Lunatic asylums Burma 1907-21 - 1907-1921
Year: 1907
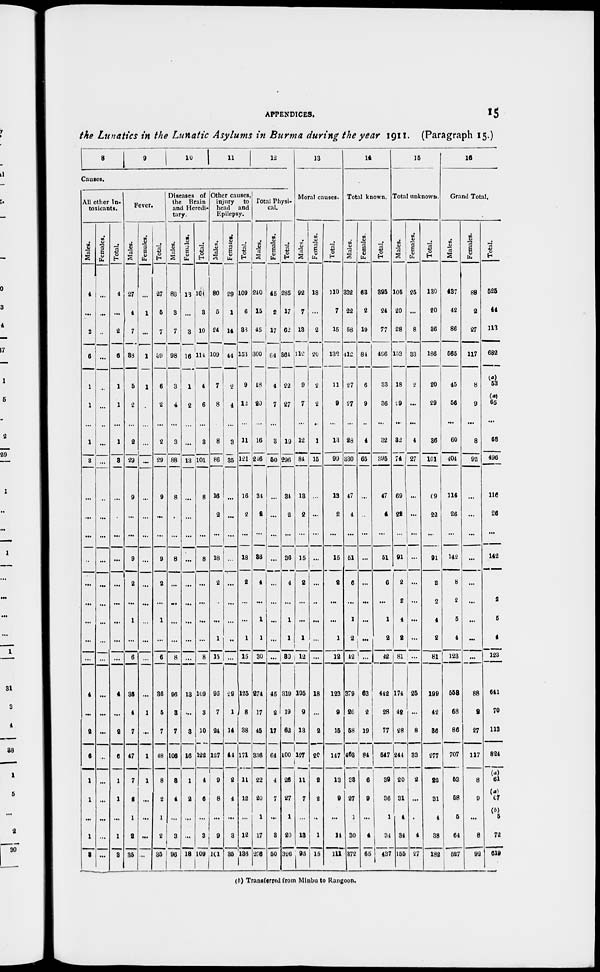
APPENDICES.
15
the Lunatics in the Lunatic Asylums in Burma during the year 1911. (Paragraph 15.)
8
9
10
11 12
Causes.
All other In-
toxicants.
Males.
4
...
2
6
1
1
...
1
8
...
...
...
...
...
...
...
...
...
4
...
2
6
1
1
...
1
8
Females.
...
...
...
...
...
...
...
...
...
...
...
...
...
...
...
...
...
...
...
...
...
...
...
...
...
...
...
Total.
4
...
2
6
1
1
...
1
8
...
...
...
...
...
...
...
...
...
4
...
2
6
1
1
...
1
8
Fever.
Males.
27
4
7
38
5
2
...
2
29
9
...
...
9
2
...
1
...
6
36
4
7
47
7
2
1
2
35
Females.
...
1
...
1
1
...
...
...
...
...
...
...
...
...
...
...
...
...
...
1
...
1
1
...
...
...
...
Total.
27
5
7
39
6
2
...
2
29
9
...
...
9
2
...
1
...
6
36
5
7
48
8
2
1
2
35
Diseases of
the
Brain
and Heredi¬
tary.
Males.
88
3
7
98
3
4
...
3
88
8
...
...
8
...
...
...
...
8
96
3
7
106
3
4
...
3
96
Females.
13
...
3
16
1
2
...
...
13
...
...
...
...
...
...
...
...
...
13
...
3
16
1
2
...
...
13
Total.
101
3
10
114
4
6
...
3
101
8
...
...
8
...
...
...
...
8
109
3
10
122
4
6
...
3
109
Other causes
injury
to
head and
Epilepsy.
Males.
80
5
24
109
7
8
...
8
86
16
2
...
18
2
...
...
1
15
96
7
24
127
9
8
...
9
101
Females.
29
1
14
44
2
4
...
3
35
...
...
...
...
...
...
...
...
...
29
1
14
44
2
4
...
3
35
Total.
109
6
38
153
9
12
...
11
121
16
2
...
18
2
...
...
1
15
125
8
38
171
11
12
...
12
136
Total Physi-
cal.
Males.
240
15
45
300
18
20
...
16
216
34
2
...
36
4
...
1
1
30
274
17
45
336
22
20
1
17
276
Females.
45
2
17
64
4
7
...
3
50
...
...
...
...
...
...
...
...
...
45
2
17
64
4
7
...
8
50
Total.
285
17
62
364
22
27
...
19
296
34
2
...
36
4
...
1
1
30
319
19
62
400
26
27
1
20
326
13
Moral causes.
Males.
92
7
13
112
9
7
...
12
84
13
2
...
15
2
...
...
1
12
105
9
13
127
11
7
...
13
93
Females.
18
...
2
20
2
2
...
1
15
...
...
...
...
...
...
...
...
...
18
...
2
20
2
2
...
1
15
Total.
110
7
15
132
11
9
...
13
99
13
2
...
15
2
...
...
1
12
123
9
15
147
13
9
...
14
111
14
Total known.
Males.
332
22
58
412
27
27
...
28
330
47
4
...
51
6
...
1
2
42
379
26
58
453
38
27
1
30
372
Females.
63
2
19
84
6
9
...
4
65
...
...
...
...
...
...
...
...
...
63
2
19
84
6
9
...
4
65
Total.
395
24
77
496
33
36
...
32
395
47
4
...
51
6
...
1
2
42
442
28
77
537
39
36
1
34
437
15
Total unknown.
Males.
105
20
28
153
18
29
...
32
74
69
22
...
91
2
2
4
2
81
174
42
28
244
20
31
4
34
155
Females.
25
...
8
33
2
...
...
4
27
...
...
...
...
...
...
...
...
...
25
...
8
33
2
...
...
4
27
Total.
130
20
86
186
20
29
...
36
101
69
22
...
91
2
2
4
2
81
199
42
36
277
22
31
4
38
182
16
Grand Total.
Males.
437
42
86
565
45
56
...
60
404
116
26
...
142
8
2
5
4
123
558
68
86
707
53
58
5
64
527
Females.
88
2
27
117
8
9
...
8
92
...
...
...
...
...
...
...
...
...
88
2
27
117
8
9
...
8
92
Total.
525
44
113
682
(a)
53
(a)
65
...
68
496
116
26
...
142
8
2
5
4
123
641
70
113
824
(a)
61
(a)
67
(b)
5
72
619
(b) Transferred from Minbu to Rangoon.